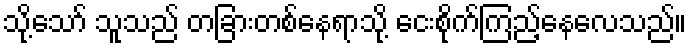
သို့သော် သူသည် တခြားတစ်နေရာသို့ ငေးစိုက်ကြည့်နေလေသည်။